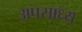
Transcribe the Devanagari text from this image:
अपसाध्य